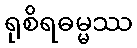
ရုစိရဓမ္မဿ